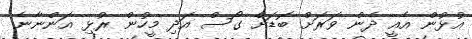
އުޅުން އެއީ ދެން ވަރަށް ބޮޑަށް ގޯސް އަދި މީހުން ރުޅި އަންނާނެ